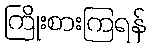
ကြိုးစားကြရန်